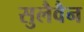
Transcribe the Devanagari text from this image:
सुलैवैन